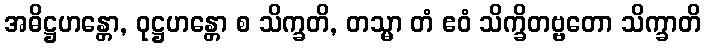
အဓိဋ္ဌဟန္တော, ဝုဋ္ဌဟန္တော စ သိက္ခတိ, တသ္မာ တံ ဧဝံ သိက္ခိတဗ္ဗတော သိက္ခာတိ